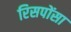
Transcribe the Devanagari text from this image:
रिसपोंसा